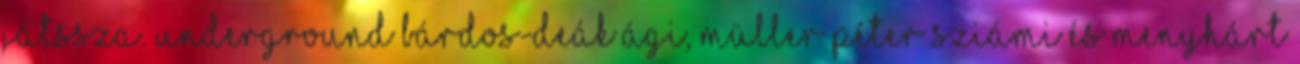
játssza. Underground Bárdos-Deák Ági, Müller Péter Sziámi és Menyhárt